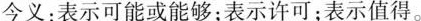
今义：表示可能或能够；表示许可；表示值得。